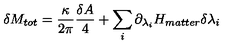
\delta M _ { t o t } = { \frac { \kappa } { 2 \pi } } { \frac { \delta A } { 4 } } + \sum _ { i } \partial _ { \lambda _ { i } } H _ { m a t t e r } \delta \lambda _ { i }